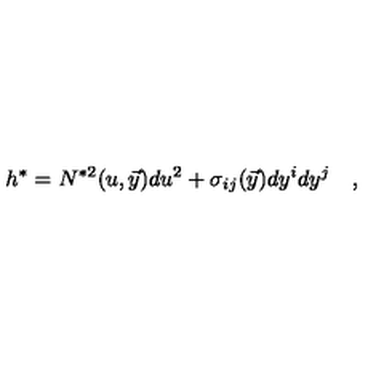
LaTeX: h ^ { \ast } = N ^ { \ast 2 } ( u , { \vec { y } } ) d u ^ { 2 } + \sigma _ { i j } ( \vec { y } ) d y ^ { i } d y ^ { j } \quad ,